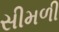
સીમળી